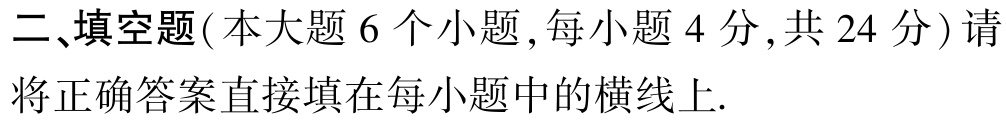
二、填空题(本大题 6 个小题,每小题 4 分,共 24 分) 请将正确答案直接填在每小题中的横线上.